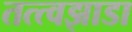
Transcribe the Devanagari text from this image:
तत्त्वझाडा